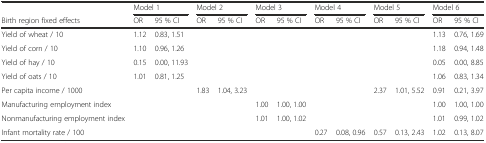
<table><thead><tr><td></td><td colspan="2"><b>Model 1</b></td><td colspan="2"><b>Model 2</b></td><td colspan="2"><b>Model 3</b></td><td colspan="2"><b>Model 4</b></td><td colspan="2"><b>Model 5</b></td><td colspan="2"><b>Model 6</b></td></tr><tr><td><b>Birth region fixed effects</b></td><td><b>OR</b></td><td><b>95 % CI</b></td><td><b>OR</b></td><td><b>95 % CI</b></td><td><b>OR</b></td><td><b>95 % CI</b></td><td><b>OR</b></td><td><b>95 % CI</b></td><td><b>OR</b></td><td><b>95 % CI</b></td><td><b>OR</b></td><td><b>95 % CI</b></td></tr></thead><tbody><tr><td>Yield of wheat / 10</td><td>1.12</td><td>0.83, 1.51</td><td></td><td></td><td></td><td></td><td></td><td></td><td></td><td></td><td>1.13</td><td>0.76, 1.69</td></tr><tr><td>Yield of corn / 10</td><td>1.10</td><td>0.96, 1.26</td><td></td><td></td><td></td><td></td><td></td><td></td><td></td><td></td><td>1.18</td><td>0.94, 1.48</td></tr><tr><td>Yield of hay / 10</td><td>0.15</td><td>0.00, 11.93</td><td></td><td></td><td></td><td></td><td></td><td></td><td></td><td></td><td>0.05</td><td>0.00, 8.85</td></tr><tr><td>Yield of oats / 10</td><td>1.01</td><td>0.81, 1.25</td><td></td><td></td><td></td><td></td><td></td><td></td><td></td><td></td><td>1.06</td><td>0.83, 1.34</td></tr><tr><td>Per capita income / 1000</td><td></td><td></td><td>1.83</td><td>1.04, 3.23</td><td></td><td></td><td></td><td></td><td>2.37</td><td>1.01, 5.52</td><td>0.91</td><td>0.21, 3.97</td></tr><tr><td>Manufacturing employment index</td><td></td><td></td><td></td><td></td><td>1.00</td><td>1.00, 1.00</td><td></td><td></td><td></td><td></td><td>1.00</td><td>1.00, 1.00</td></tr><tr><td>Nonmanufacturing employment index</td><td></td><td></td><td></td><td></td><td>1.01</td><td>1.00, 1.02</td><td></td><td></td><td></td><td></td><td>1.01</td><td>0.99, 1.02</td></tr><tr><td>Infant mortality rate / 100</td><td></td><td></td><td></td><td></td><td></td><td></td><td>0.27</td><td>0.08, 0.96</td><td>0.57</td><td>0.13, 2.43</td><td>1.02</td><td>0.13, 8.07</td></tr></tbody></table>